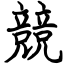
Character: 競